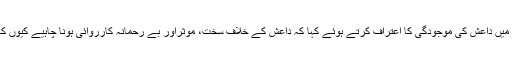
سابق وفاقی وزیرداخلہ رحمان ملک نے پاکستان میں داعش کی موجودگی کا اعتراف کرتے ہوئے کہا کہ داعش کے خلاف سخت، موثراور بے رحمانہ کارروائی ہونا چاہیے کیوں کہ دہشت گردوں کسی رعایت کے حقدارنہیں ہیں۔